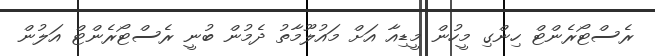
ރެސްޓޯރެންޓް ހިންގި މީހުން މީޑިއާ އަށް މައުލޫމާތު ދެމުން ބުނީ ރެސްޓޯރެންޓް އަލުން